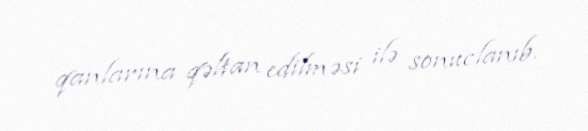
qanlarına qəltan edilməsi ilə sonuclanıb.